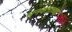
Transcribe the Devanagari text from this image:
धनवंताच्या